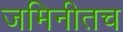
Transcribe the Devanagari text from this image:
जमिनीतच